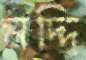
মদ্দি